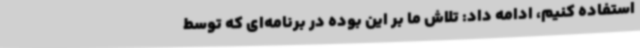
استفاده کنیم، ادامه داد: تلاش ما بر این بوده در برنامه‌ای که توسط